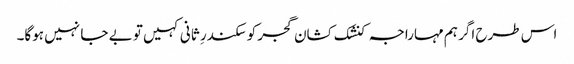
اس طرح اگر ہم مہاراجہ کنشک کشان گجر کو سکندرِ ثانی کہیں تو بے جا نہیں ہوگا۔